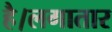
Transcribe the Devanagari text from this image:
है।लगातार